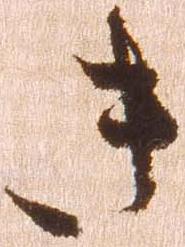
き